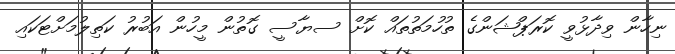
ނިހާން ވިދާޅުވީ ކޮރަޕްޝަންގެ ތުހުމަތުތައް ކޮށް ސޔާސީ ގޮތުން މީހުން އަބުރު ކަތިލުމަށްޓަކައި